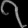
Digit: ၇